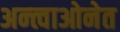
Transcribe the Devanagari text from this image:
अन्त्वाओनेत